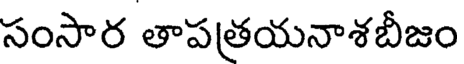
సంసార తాపత్రయనాశబీజం